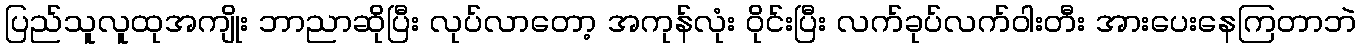
ပြည်သူလူထုအကျိုး ဘာညာဆိုပြီး လုပ်လာတော့ အကုန်လုံး ဝိုင်းပြီး လက်ခုပ်လက်ဝါးတီး အားပေးနေကြတာဘဲ